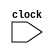
module RISCVCPU (clock);
// Instruction opcodes
parameter LD = 7'b000_0011, SD = 7'b010_0011, BEQ = 7'b110_0011,
          NOP = 32'h0000_0013, ALUop = 7'b001_0011;
input clock;
reg [63:0] PC, Regs[0:31], IDEXA, IDEXB, EXMEMB, EXMEMALUOut, MEMWBValue;
reg [31:0] IMemory[0:1023], DMemory[0:1023], // separate memories
    IFIDIR, IDEXIR, EXMEMIR, MEMWBIR; // pipeline registers
wire [4:0] IFIDrs1, IFIDrs2, MEMWBrd; // Access register fields
wire [6:0] IDEXop, EXMEMop, MEMWBop; // Access opcodes
wire [63:0] Ain, Bin; // the ALU inputs
// These assignments define fields from the pipeline registers
assign IFIDrs1 = IFIDIR[19:15]; // rs1 field
assign IFIDrs2 = IFIDIR[24:20]; // rs2 field
assign IDEXop = IDEXIR[6:0]; // the opcode
assign EXMEMop = EXMEMIR[6:0]; // the opcode
assign MEMWBop = MEMWBIR[6:0]; // the opcode
assign MEMWBrd = MEMWBIR[11:7]; // rd field
// Inputs to the ALU come directly from the ID/EX pipeline registers
assign Ain = IDEXA;
assign Bin = IDEXB;
integer i; // used to initialize registers
initial
begin
    PC = 0;
    IFIDIR = NOP; IDEXIR = NOP; EXMEMIR = NOP; MEMWBIR = NOP; // put NOPs in pipeline registers
    for (i=0;i<=31;i=i+1) Regs[i] = i; // initialize registers--just so they aren't cares
end

// Remember that ALL these actions happen every pipe stage and with the use of <= they happen in parallel!
always @(posedge clock)
begin
    // first instruction in the pipeline is being fetched
    // Fetch & increment PC
    IFIDIR <= IMemory[PC >> 2];
    PC <= PC + 4;
    // second instruction in pipeline is fetching registers
    IDEXA <= Regs[IFIDrs1]; IDEXB <= Regs[IFIDrs2]; // get two registers
    IDEXIR <= IFIDIR; // pass along IR--can happen anywhere, since this affects next stage only!
    // third instruction is doing address calculation or ALU operation
    if (IDEXop == LD)
        EXMEMALUOut <= IDEXA + {{53{IDEXIR[31]}}, IDEXIR[30:20]};
    else if (IDEXop == SD)
        EXMEMALUOut <= IDEXA + {{53{IDEXIR[31]}}, IDEXIR [30:25],
                                IDEXIR[11:7]};
    else if (IDEXop == ALUop)
    case (IDEXIR[31:25]) // case for the various R-type instructions
        0: EXMEMALUOut <= Ain + Bin; // add operation
        default: ; // other R-type operations: subtract, SLT, etc.
    endcase
    EXMEMIR <= IDEXIR; EXMEMB <= IDEXB; // pass along the IR & B register
    // Mem stage of pipeline
    if (EXMEMop == ALUop) MEMWBValue <= EXMEMALUOut; // pass along ALU result
    else if (EXMEMop == LD) MEMWBValue <= DMemory[EXMEMALUOut >> 2];
    else if (EXMEMop == SD) DMemory[EXMEMALUOut >> 2] <= EXMEMB; //store
    MEMWBIR <= EXMEMIR; // pass along IR
    // WB stage
    if (((MEMWBop == LD) || (MEMWBop == ALUop)) && (MEMWBrd != 0))
        // update registers if load/ALU operation and destination not 0
        Regs[MEMWBrd] <= MEMWBValue;
end
endmodule